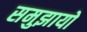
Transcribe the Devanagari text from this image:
समुझायो